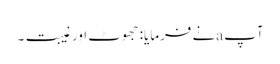
آپ aنے فرمایا: جھوٹ اور غیبت۔